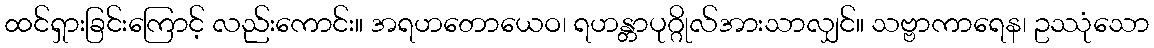
ထင်ရှားခြင်းကြောင့် လည်းကောင်း။ အရဟတောယေဝ၊ ရဟန္တာပုဂ္ဂိုလ်အားသာလျှင်။ သဗ္ဗာကာရေန၊ ဥဿုံသော